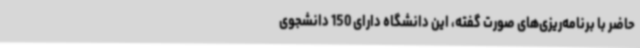
حاضر با برنامه‌ریزی‌های صورت گفته، این دانشگاه دارای 150 دانشجوی